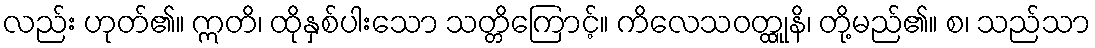
လည်း ဟုတ်၏။ ဣတိ၊ ထိုနှစ်ပါးသော သတ္တိကြောင့်။ ကိလေသဝတ္ထုူနိ၊ တို့မည်၏။ စ၊ သည်သာ